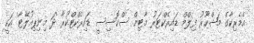
އެމެރިކާގެ މަޝްހޫރު ފިލްމް ޑައިރެކްޓަރު މާޓިން ސްކޮސިސީ ޑައިރެކްޓްކުރާ 'ދަ މިނިޕިއުލޭޓާ' އަކީ